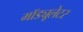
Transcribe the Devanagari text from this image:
मॉड्यूलेटर